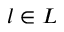
l \in L